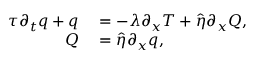
\begin{array} { r l } { \tau \partial _ { t } q + q } & { { } = - \lambda \partial _ { x } T + \hat { \eta } \partial _ { x } Q , } \\ { Q } & { { } = \hat { \eta } \partial _ { x } q , } \end{array}